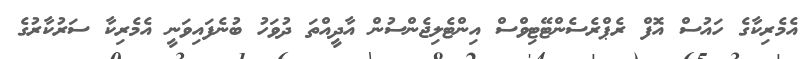
އެމެރިކާގެ ހައުސް އޮފް ރެޕްރެސެންޓޭޓިވްސް އިންޓެލިޖެންސުން އާދީއްތަ ދުވަހު ބުނެފައިވަނީ އެމެރިކާ ސަރުކާރުގެ